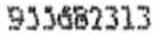
955682313